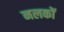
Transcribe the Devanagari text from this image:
नलकों